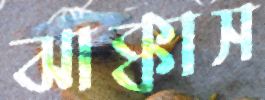
ঝাক্কাস